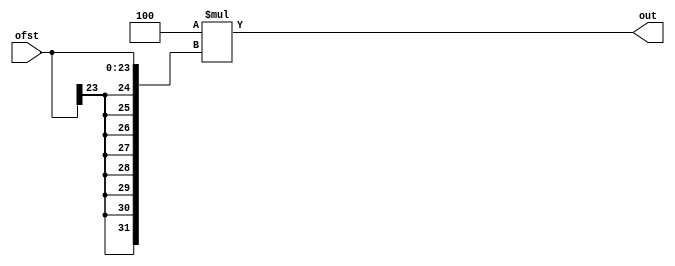
///////////////////
//Branch Extension
//////////////////
module branch_ext(output reg [31:0] out, input [23:0] ofst);

reg [31:0] tempofst;

always @ (ofst)
begin
   tempofst[23:0] = ofst;
   tempofst[31:24] = {8{ofst[23]}};
   tempofst = 32'd4 * tempofst;
   out =  tempofst;
end

endmodule